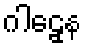
ဂါဠှေန